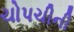
ચોપચીની